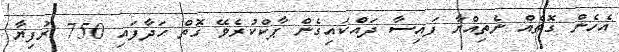
އެހެން ގޮތެއް ނެތިއްޔާ ފައިސާ ދައްކައިގެން ޕާކްކުރެވޭ ގޮތް ހަދާފައި 750 ރުފިޔާ